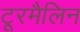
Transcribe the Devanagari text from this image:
टूरमैलिन